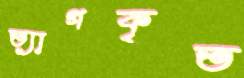
ত্যাগকৃত